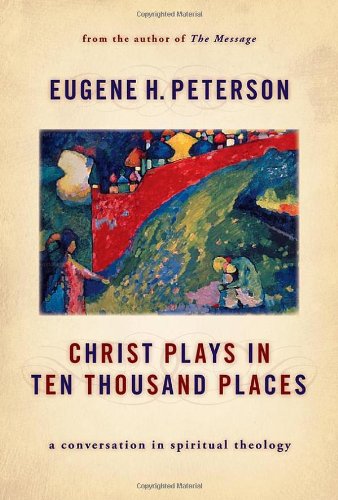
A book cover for Christ Plays in Ten Thousand Places: A Conversation in Spiritual Theology; Eugene H. Peterson; Christian Books & Bibles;